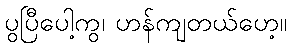
ပွပြီပေါ့ကွ၊ ဟန်ကျတယ်ဟေ့။